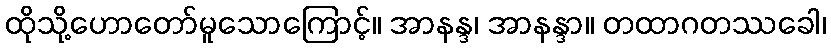
ထိုသို့ဟောတော်မူသောကြောင့်။ အာနန္ဒ၊ အာနန္ဒာ။ တထာဂတဿခေါ၊